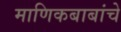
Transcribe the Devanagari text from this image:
माणिकबाबांचे